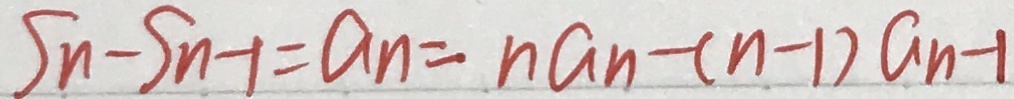
S n - S _ { n - 1 } = n a _ { n } = n a _ { n } - ( n - 1 ) a _ { n - 1 }